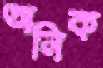
অনিক